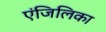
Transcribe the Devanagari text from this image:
एंजिलिका